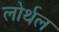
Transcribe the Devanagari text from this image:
लोर्थल